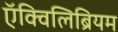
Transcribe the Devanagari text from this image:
ऍक्विलिब्रियम